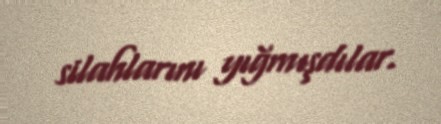
silahlarını yığmışdılar.